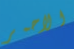
الاحمر